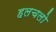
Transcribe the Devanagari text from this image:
हलचलो